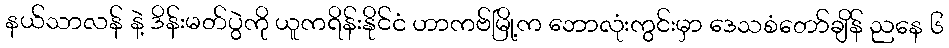
နယ်သာလန် နဲ့ ဒိန်းမတ်ပွဲကို ယူကရိန်းနိုင်ငံ ဟာကဗ်မြို့က ဘောလုံးကွင်းမှာ ဒေသစံတော်ချိန် ညနေ ၆